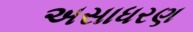
અસાધરણ